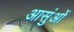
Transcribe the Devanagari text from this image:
आसुंओं